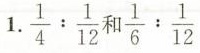
1. \frac{1}{4}: \frac{1}{12} 和 \frac{1}{6}: \frac{1}{12}